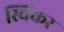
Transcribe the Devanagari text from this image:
स्विकर